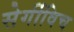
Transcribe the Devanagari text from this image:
सेर्गीविच